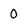
Character: O